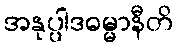
အနုပ္ပါဒဓမ္မာနီတိ